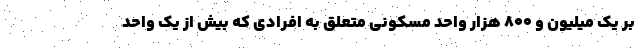
بر یک میلیون و ۸۰۰ هزار واحد مسکونی متعلق به افرادی که بیش از یک واحد